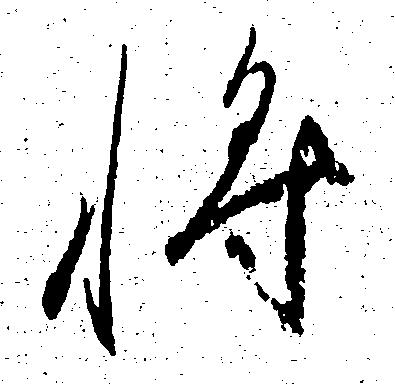
将